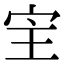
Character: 宔